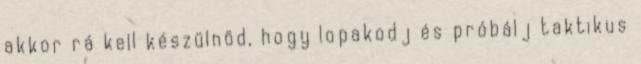
akkor rá kell készülnöd, hogy lopakodj és próbálj taktikus